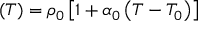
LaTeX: \operatorname { \rho } ( T ) = \rho _ { 0 } \left[ 1 + \alpha _ { 0 } \left( T - T _ { 0 } \right) \right]